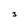
Character: 3